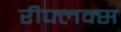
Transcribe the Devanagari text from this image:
रीफ्लक्स